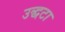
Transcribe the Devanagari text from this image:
उद्धटा